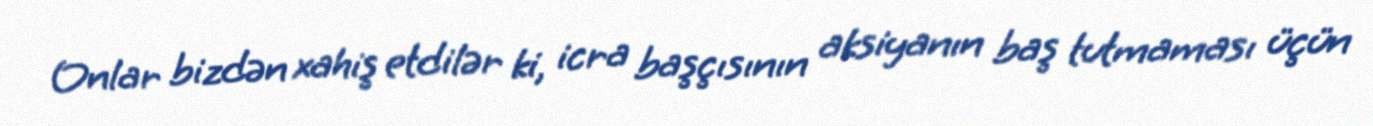
Onlar bizdən xahiş etdilər ki, icra başçısının aksiyanın baş tutmaması üçün